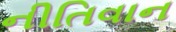
નીતિવાન